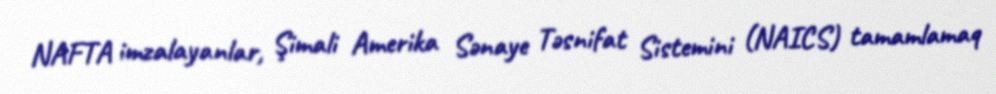
NAFTA imzalayanlar, Şimali Amerika Sənaye Təsnifat Sistemini (NAICS) tamamlamaq